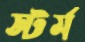
স্টর্ম